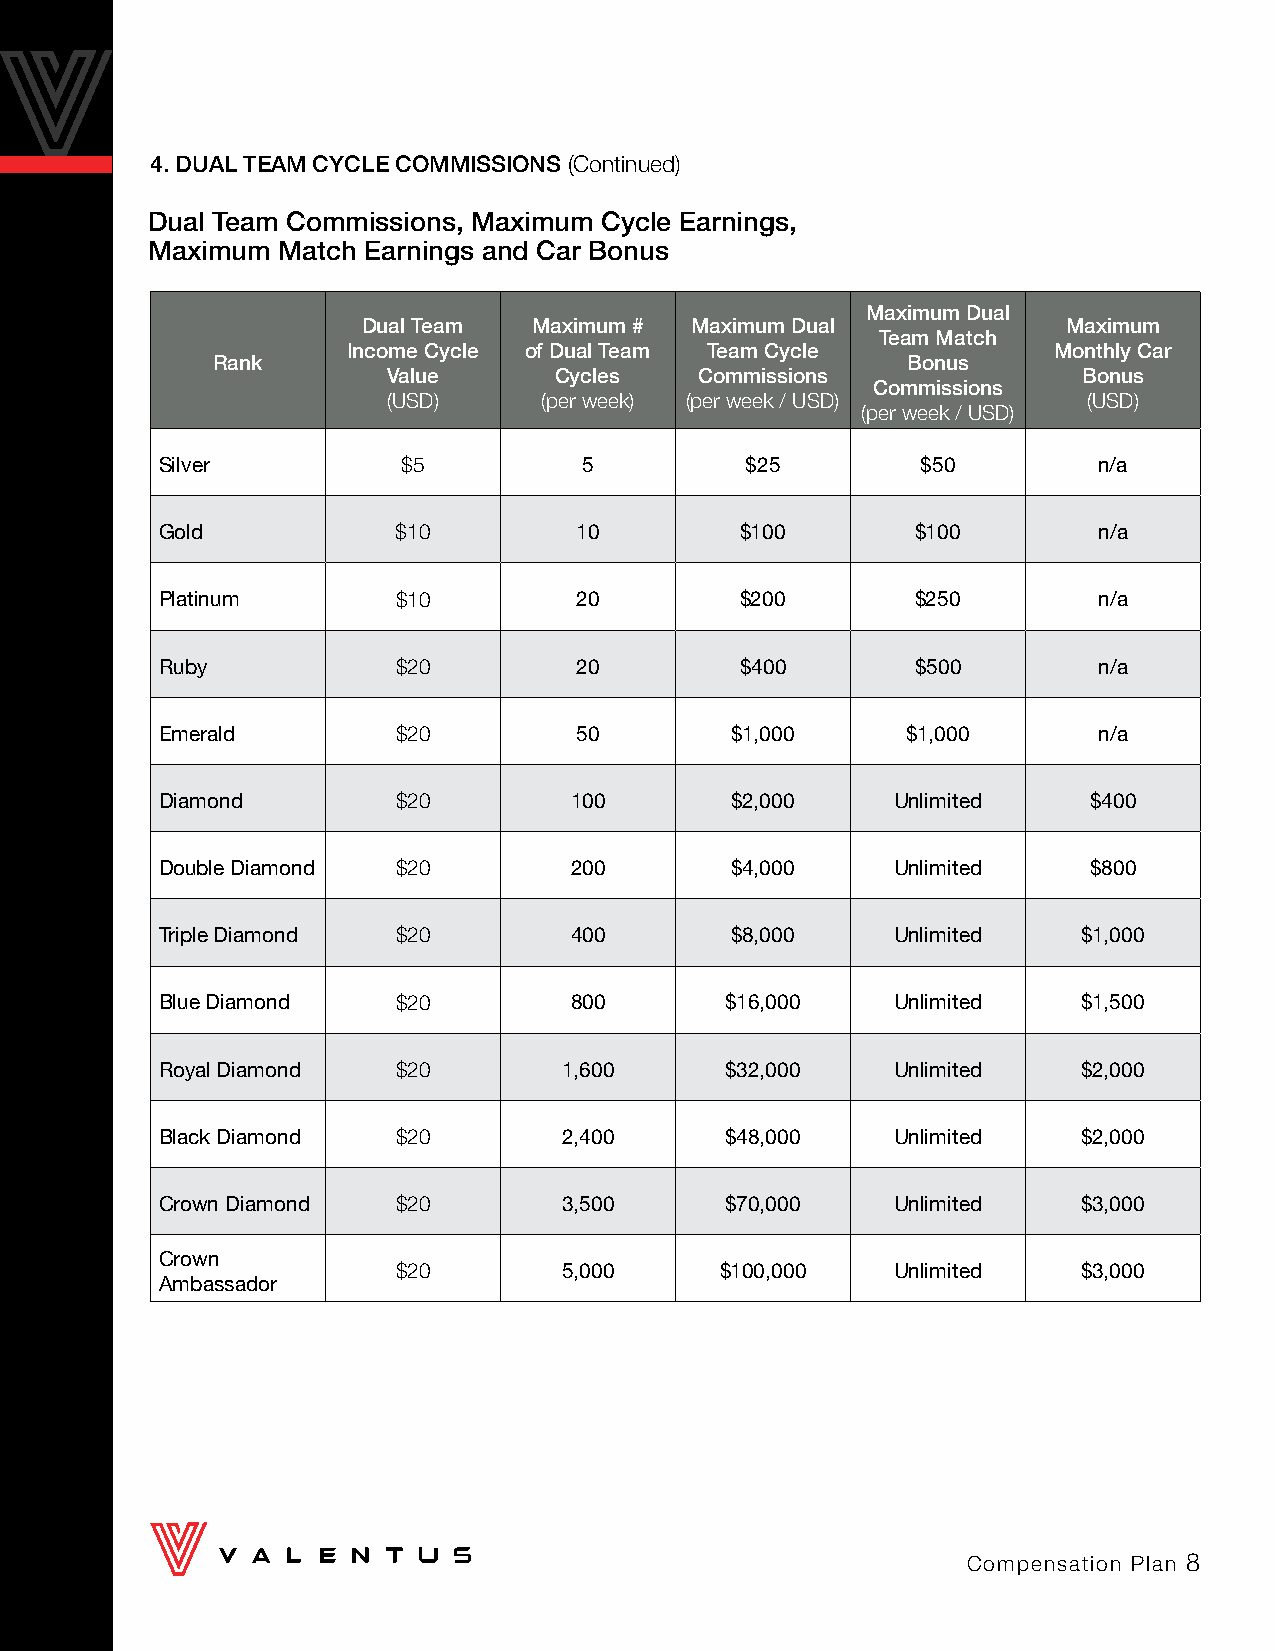
4. DUAL TEAM CYCLE COMMISSIONS (Continued)
 Dual Team Commissions, Maximum Cycle Earnings,
 Maximum Match Earnings and Car Bonus
 Maximum Dual
 Dual Team  Maximum #  Maximum Dual             Maximum
 Team Match
 Income Cycle of Dual Team Team Cycle           Monthly Car
 Rank                                          Bonus
 Value      Cycles   Commissions               Bonus
 Commissions
 (USD)     (per week) (per week / USD)         (USD)
 (per week / USD)
 Silver          $5          5         $25         $50         n/a
 Gold           $10         10         $100        $100        n/a
 Platinum       $10         20         $200        $250        n/a
 Ruby           $20         20         $400        $500        n/a
 Emerald        $20         50        $1,000      $1,000       n/a
 Diamond        $20         100       $2,000     Unlimited    $400
 Double Diamond $20         200       $4,000     Unlimited    $800
 Triple Diamond $20         400       $8,000     Unlimited    $1,000
 Blue Diamond   $20         800       $16,000    Unlimited    $1,500
 Royal Diamond  $20        1,600      $32,000    Unlimited    $2,000
 Black Diamond  $20        2,400      $48,000    Unlimited    $2,000
 Crown Diamond  $20        3,500      $70,000    Unlimited    $3,000
 Crown
 $20        5,000      $100,000   Unlimited    $3,000
 Ambassador
 Compensation Plan 8